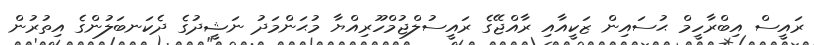
ރައީސް އިބްރާހީމް ޙުސައިން ޒަކީއާއި ރާއްޖޭގެ ރައީސުލްޖުމްހޫރިއްޔާ މުޙަންމަދު ނަޝީދުގެ ދެކަނބަލުންގެ އިތުރުން